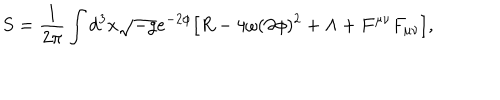
S = \frac { 1 } { 2 \pi } \int d ^ { 3 } x \sqrt { - g } e ^ { - 2 \phi } { \bigl [ } R - 4 \omega ( \partial \phi ) ^ { 2 } + \Lambda + F ^ { \mu \nu } F _ { \mu \nu } { \bigr ] } ,